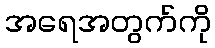
အရေအတွက်ကို